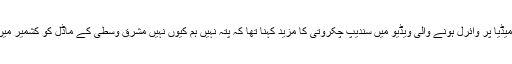
سماجی میڈیا پر وائرل ہونے والی ویڈیو میں سندیپ چکروتی کا مزید کہنا تھا کہ پتہ نہیں ہم کیوں نہیں مشرق وسطی کے ماڈل کو کشمیر میں اپناتے۔